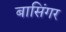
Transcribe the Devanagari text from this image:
बासिंगर